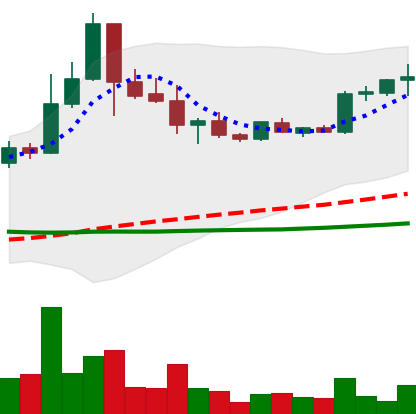
Ticker: BTC-USD
Chart end date: 2015-07-27
Forward return: -4.095%
Label: down_3_5